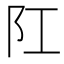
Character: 𨸖